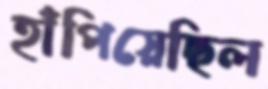
হাঁপিয়েছিল